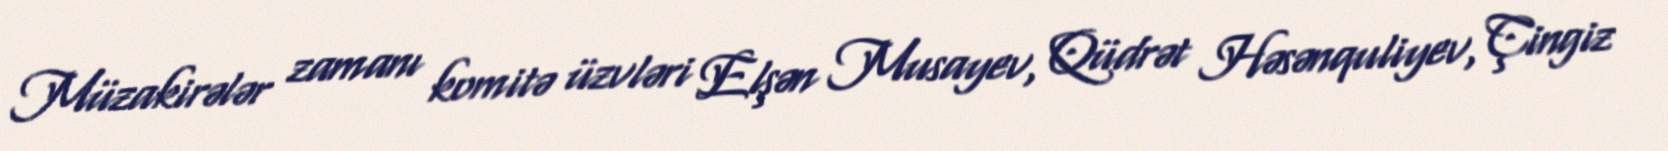
Müzakirələr zamanı komitə üzvləri Elşən Musayev, Qüdrət Həsənquliyev, Çingiz